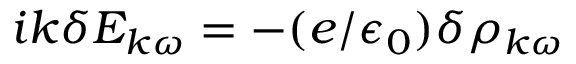
i k \delta E _ { k \omega } = - ( e / \epsilon _ { 0 } ) \delta \rho _ { k \omega }